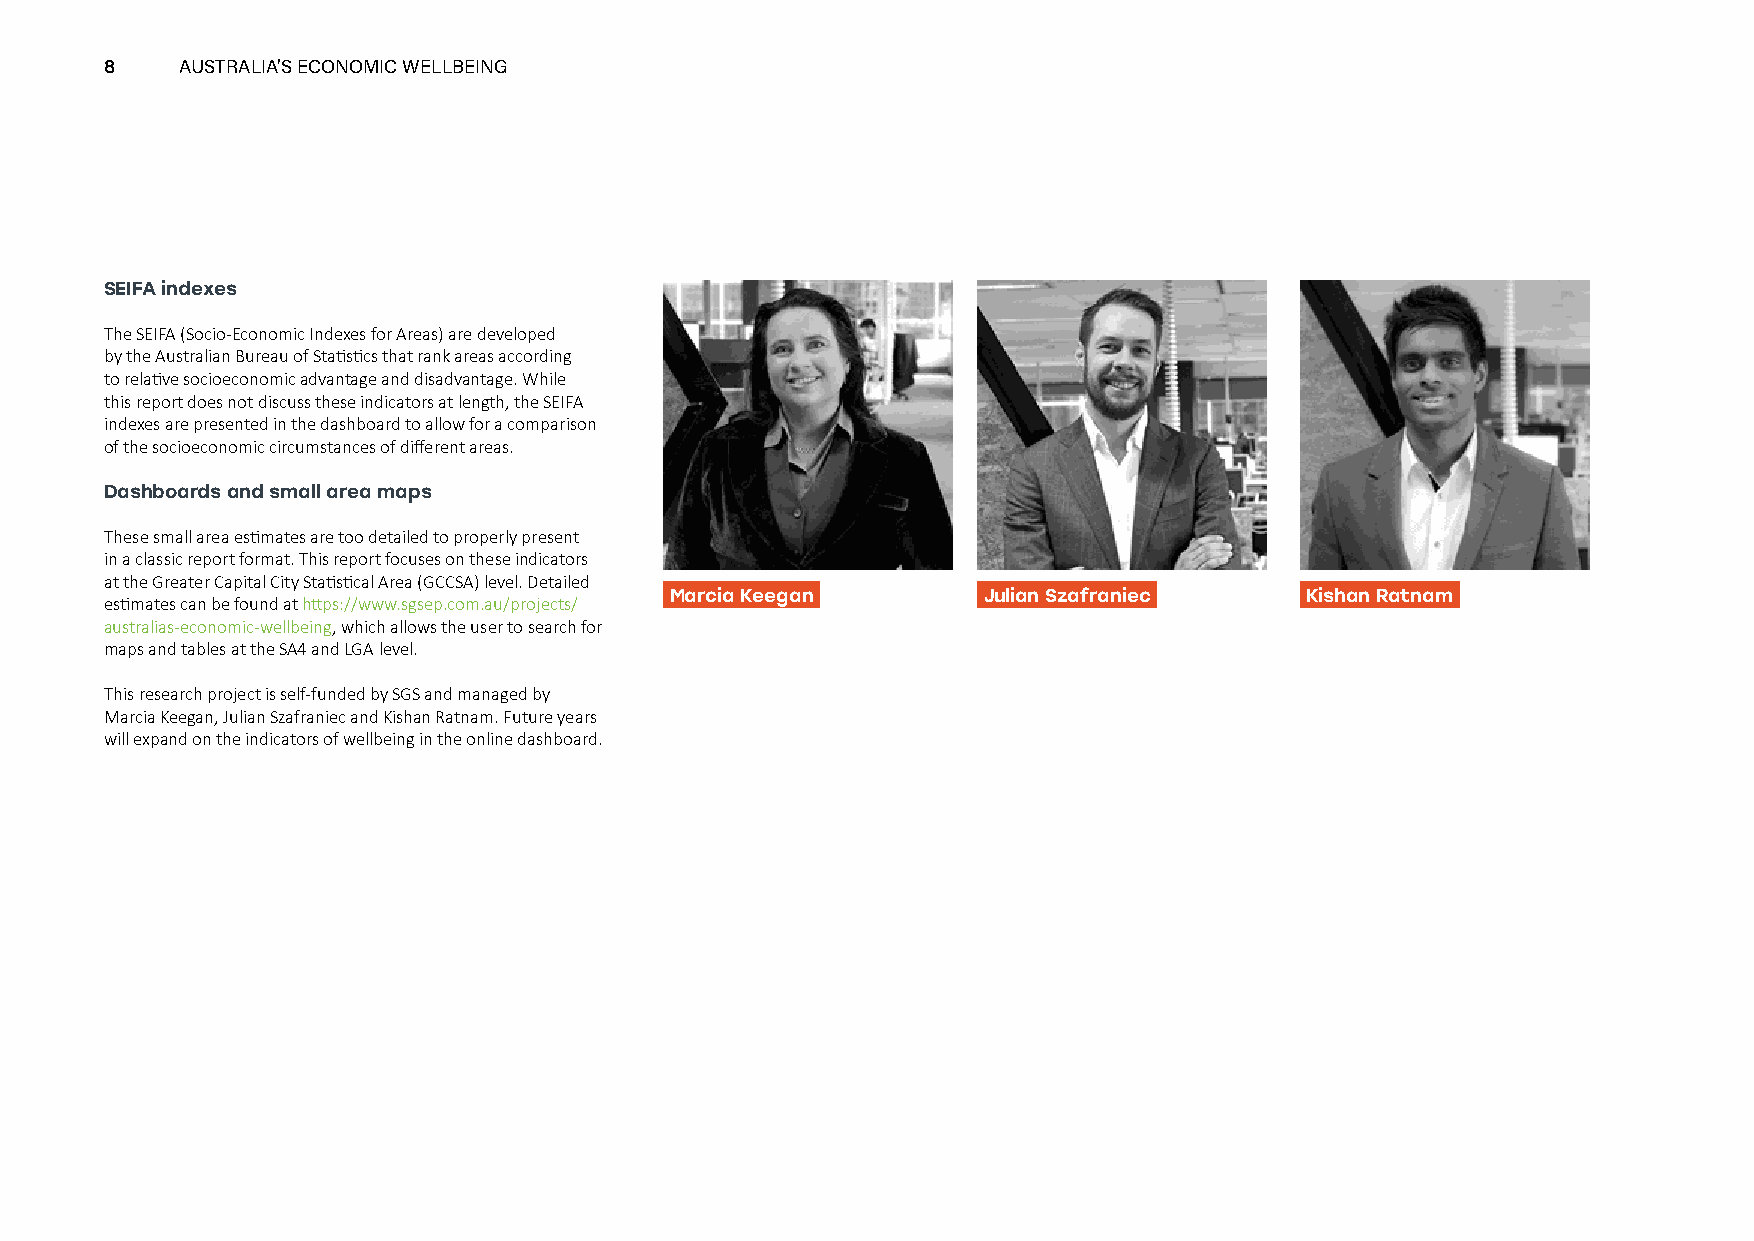
8    AUSTRALIA’S ECONOMIC WELLBEING
 SEIFA indexes
 The SEIFA (Socio-Economic Indexes for Areas) are developed
 by the Australian Bureau of Statistics that rank areas according
 to relative socioeconomic advantage and disadvantage. While
 this report does not discuss these indicators at length, the SEIFA
 indexes are presented in the dashboard to allow for a comparison
 of the socioeconomic circumstances of different areas.
 Dashboards and small area maps
 These small area estimates are too detailed to properly present
 in a classic report format. This report focuses on these indicators
 at the Greater Capital City Statistical Area (GCCSA) level. Detailed
 Marcia Keegan        Julian Szafraniec    Kishan Ratnam
 estimates can be found at https://www.sgsep.com.au/projects/
 australias-economic-wellbeing, which allows the user to search for
 maps and tables at the SA4 and LGA level.
 This research project is self-funded by SGS and managed by
 Marcia Keegan, Julian Szafraniec and Kishan Ratnam. Future years
 will expand on the indicators of wellbeing in the online dashboard.